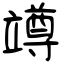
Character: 竴